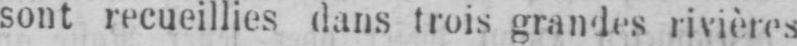
sont recueillies dans trois grandes rivières